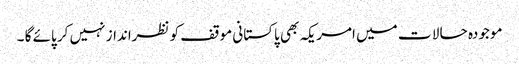
موجودہ حا لا ت میں امریکہ بھی پاکستانی موقف کو نظرانداز نہیں کر پائے گا ۔